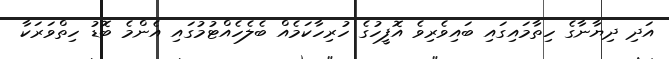
އަދި ދިޔާނާގެ ހިތާމައިގައި ބައިވެރިވެ އޮފީހުގެ ހުރިހާކަމެއް ބެލެހެއްޓުމުގައި އެންމެ ބޮޑު ހިތްވަރަކާ